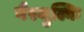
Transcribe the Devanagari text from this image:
गैरमुल्कि